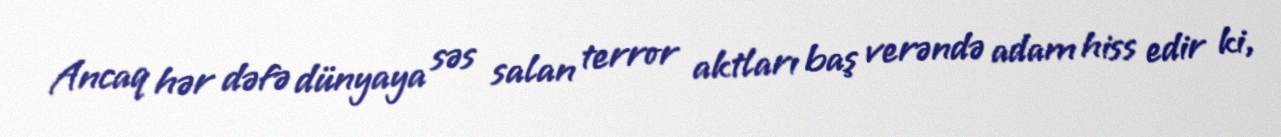
Ancaq hər dəfə dünyaya səs salan terror aktları baş verəndə adam hiss edir ki,